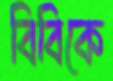
বিবিকে